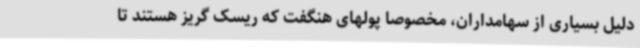
دلیل بسیاری از سهامداران، مخصوصا پولهای هنگفت که ریسک گریز هستند تا